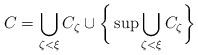
LaTeX: \begin{align*}C = \bigcup_{\zeta < \xi}{C_{\zeta}} \cup \bigg\{ \sup{ \bigcup_{\zeta < \xi}{C_{\zeta}}} \bigg\}\end{align*}